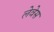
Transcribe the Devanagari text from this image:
लेवेस